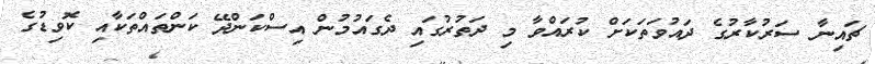
ޗައިނާ ސަރުކާރުގެ ދައުވަތަކަށް ކުރައްވާ މި ދަތުރުގައި ދެގައުމުން އިސްކަންދޭ ކަންތައްތަކާއި ކޮވިޑުގެ